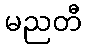
မညတီ